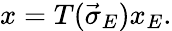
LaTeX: x=T(\vec{\sigma}_{E})x_{E}.